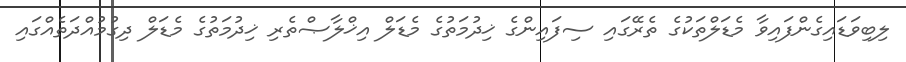
ލިބިވަޑައިގެންފައިވާ މެޑަލްތަކުގެ ތެރޭގައި ސިފައިންގެ ޚިދުމަތުގެ މެޑަލް އިޚްލާޞްތެރި ޚިދުމަތުގެ މެޑަލް ދިގުމުއްދަތެއްގައި